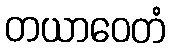
တယာဝေတံ